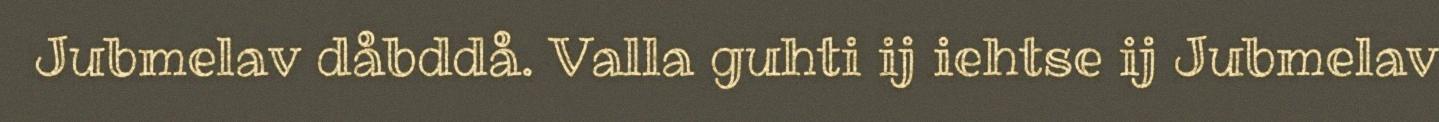
Jubmelav dåbddå. Valla guhti ij iehtse ij Jubmelav